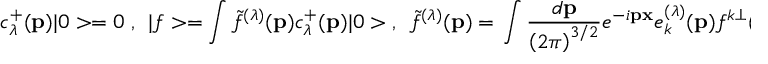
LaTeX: c _ { \lambda } ^ { + } ( { \bf p } ) | 0 > = 0 \; , ~ ~ | f > = \int { \tilde { f } } ^ { ( \lambda ) } ( { \bf p ) } c _ { \lambda } ^ { + } ( { \bf p ) } | 0 > \; , ~ ~ { \tilde { f } } ^ { ( \lambda ) } ( { \bf p ) } = \left. \int \frac { d { \bf p } } { \left( 2 \pi \right) ^ { 3 / 2 } } e ^ { - i { \bf p x } } e _ { k } ^ { ( \lambda ) } ( { \bf p } ) f ^ { k \perp } ( x ) \right| _ { x ^ { 0 } = 0 } \; ,